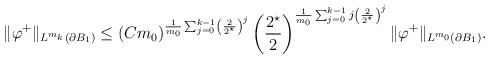
\begin{align*}\|\varphi^{+}\|_{L^{m_{k}}(\partial B_1)} &\leq(C m_0)^{\frac{1}{m_{0}} \sum_{j = 0}^{k-1} \left(\frac{2}{2^{\star}}\right)^{j} } \left(\frac{2^{\star}}{2}\right)^{\frac{1}{m_{0}} \sum_{j = 0}^{k-1} j\left(\frac{2}{2^{\star}}\right)^{j} } \|\varphi^{+}\|_{L^{m_{0}}(\partial B_1)}.\end{align*}